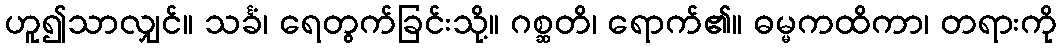
ဟူ၍သာလျှင်။ သင်္ခံ၊ ရေတွက်ခြင်းသို့။ ဂစ္ဆတိ၊ ရောက်၏။ ဓမ္မကထိကာ၊ တရားကို